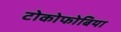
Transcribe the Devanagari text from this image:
टोकोफोबिया